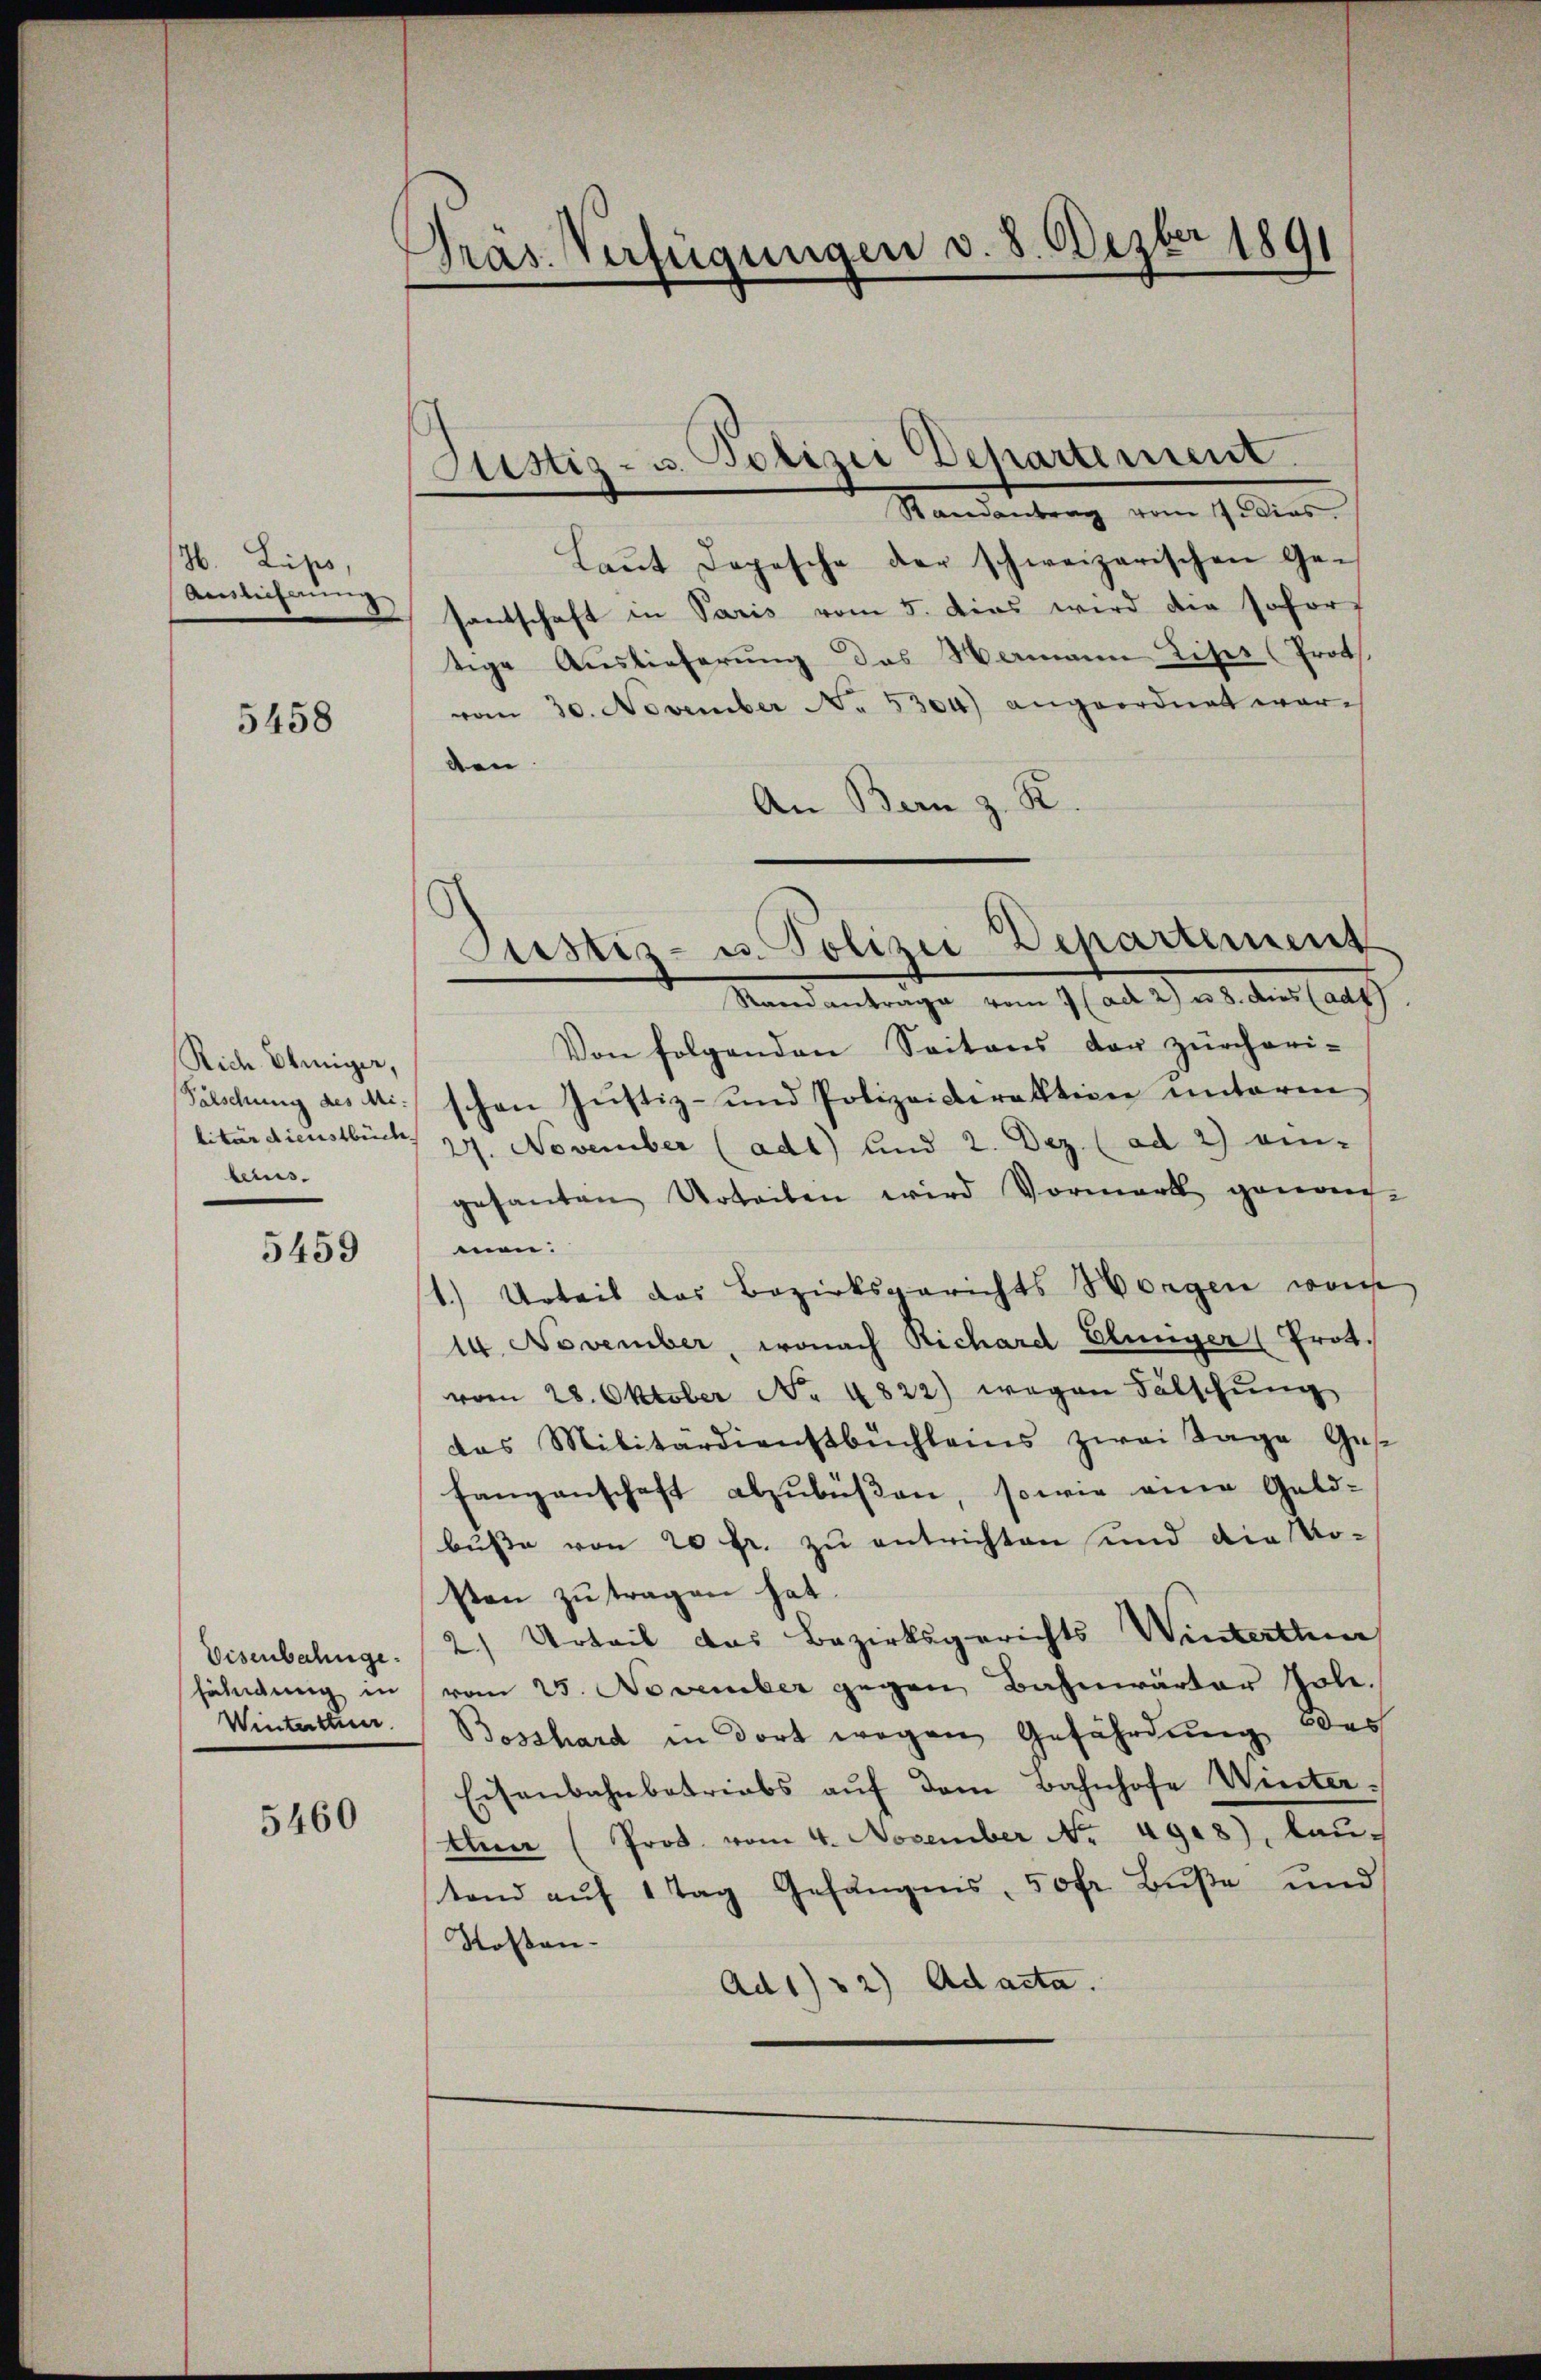
H. Lips,
Auslieferung

5458

Rich Ehriger,
Fälschung des Militärdienstbüch
beins.

5459

Visenbahnge
fändung in
Winterstuer

5460

Präs. Verfügungen d. 8. Dezbr 1891

ustiz- u. Polizei Departement.
Randantrag vom 17 dies

Justiz- u. Polizei Departement

Laŭt Dopische der schweizerischen Ge-
santschaft in Paris vom 5. Das wird die sofor
tige Auslieferung das Wermann Lises (Prot
vom 30. November No. 5304) angeordnet war-
den
An Bern z. R.
Standantrage vom 1 (ad 2) u. 8. dies (aus
Von folgenden Seitens der zürcheri-
schen Justiz- und Polizeidirektion unterm
27. November (ad1) und 2. Dez. (ad 2) ein-
gesanten Urteilen wird Vormark genom-
men.
1.) Urteil das Bezirksgerichts Horgen worde
14. November, wonach Richard Elunger (Prot.
vom 28. Oktober No. 4822) wegen Fälschung
das Militärdienstbüchleis zwei Tage Ges
fangenschaft abzŭbüßen, sowie eine Geld-
buße von 20 fr. zu entrichten und die Kosten zu tragen hat.
2) Urteil das Bezirksgerichts Winterthur
vom 25. November gegen Bahnwärter Joh.
Bosshard in dort wegen Gefährdung des
Eisenbahnbetriebs aŭf dem Bahnhofe Winter¬
Aen (Prot. vom 4. November No. 4908), kan
tand auf 1 Tag Gefängnis, 50fr. Buße und
Rosen-
Ad 132) Adacta.